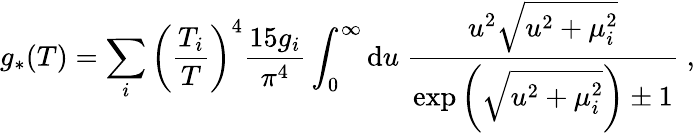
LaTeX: g_{*}(T)=\sum_{i}\left(\frac{T_{i}}{T}\right)^{4}\frac{15g_{i}}{\pi^{4}}\int_{0}^{\infty}\mathrm{d}u\; \frac{u^{2}\sqrt{u^{2}+\mu_{i}^{2}}}{\exp\left(\sqrt{u^{2}+\mu_{i}^{2}}\right)\pm 1}\; ,